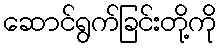
ဆောင်ရွက်ခြင်းတို့ကို